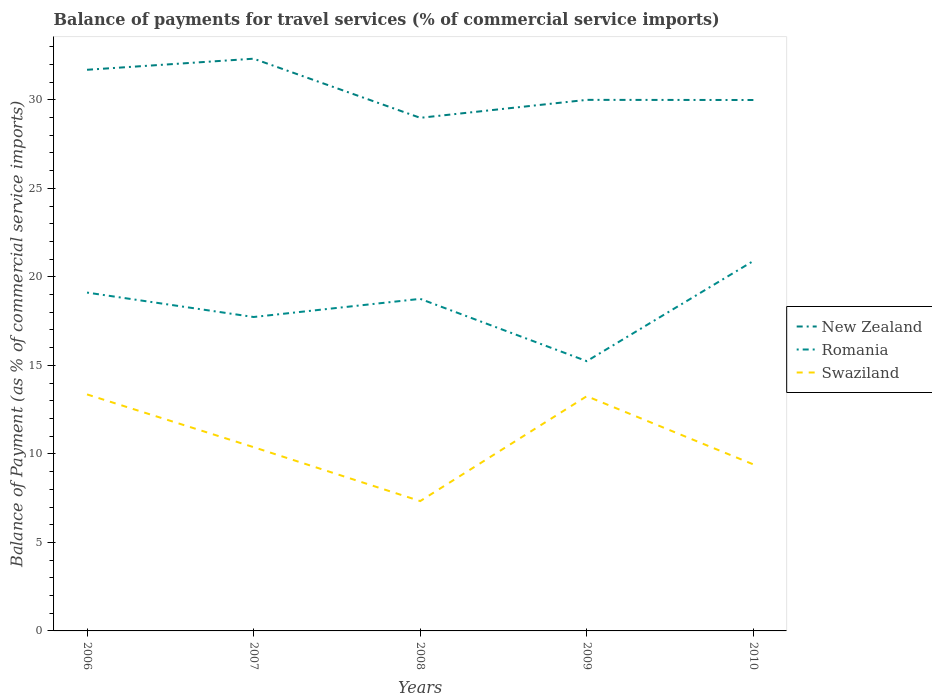
| Years | New Zealand | Romania | Swaziland |
 | --- | --- | --- | --- |
 | 2006 | 31.7 | 19.1 | 13.4 |
 | 2007 | 32.3 | 17.7 | 10.4 |
 | 2008 | 29 | 18.8 | 7.34 |
 | 2009 | 30 | 15.2 | 13.3 |
 | 2010 | 30 | 20.9 | 9.41 |